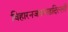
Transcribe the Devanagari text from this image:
विहारनजफगढ़दिल्ली